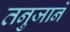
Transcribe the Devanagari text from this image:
तनुजाने